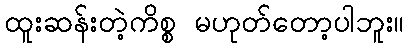
ထူးဆန်းတဲ့ကိစ္စ မဟုတ်တော့ပါဘူး။